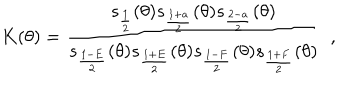
K ( \theta ) = \frac { s _ { \frac { 1 } { 2 } } ( \theta ) s _ { \frac { 1 + a } { 2 } } ( \theta ) s _ { \frac { 2 - a } { 2 } } ( \theta ) } { s _ { \frac { 1 - E } { 2 } } ( \theta ) s _ { \frac { 1 + E } { 2 } } ( \theta ) s _ { \frac { 1 - F } { 2 } } ( \theta ) s _ { \frac { 1 + F } { 2 } } ( \theta ) } \, \, \, ,